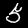
Label: 5